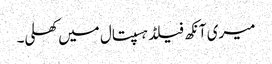
میری آنکھ فیلڈ ہسپتال میں کھلی۔